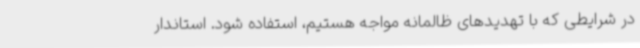
در شرایطی که با تهدیدهای ظالمانه مواجه هستیم، استفاده شود. استاندار